Maemoisa_(Sinalepa)_vallavalitsus, lk 38
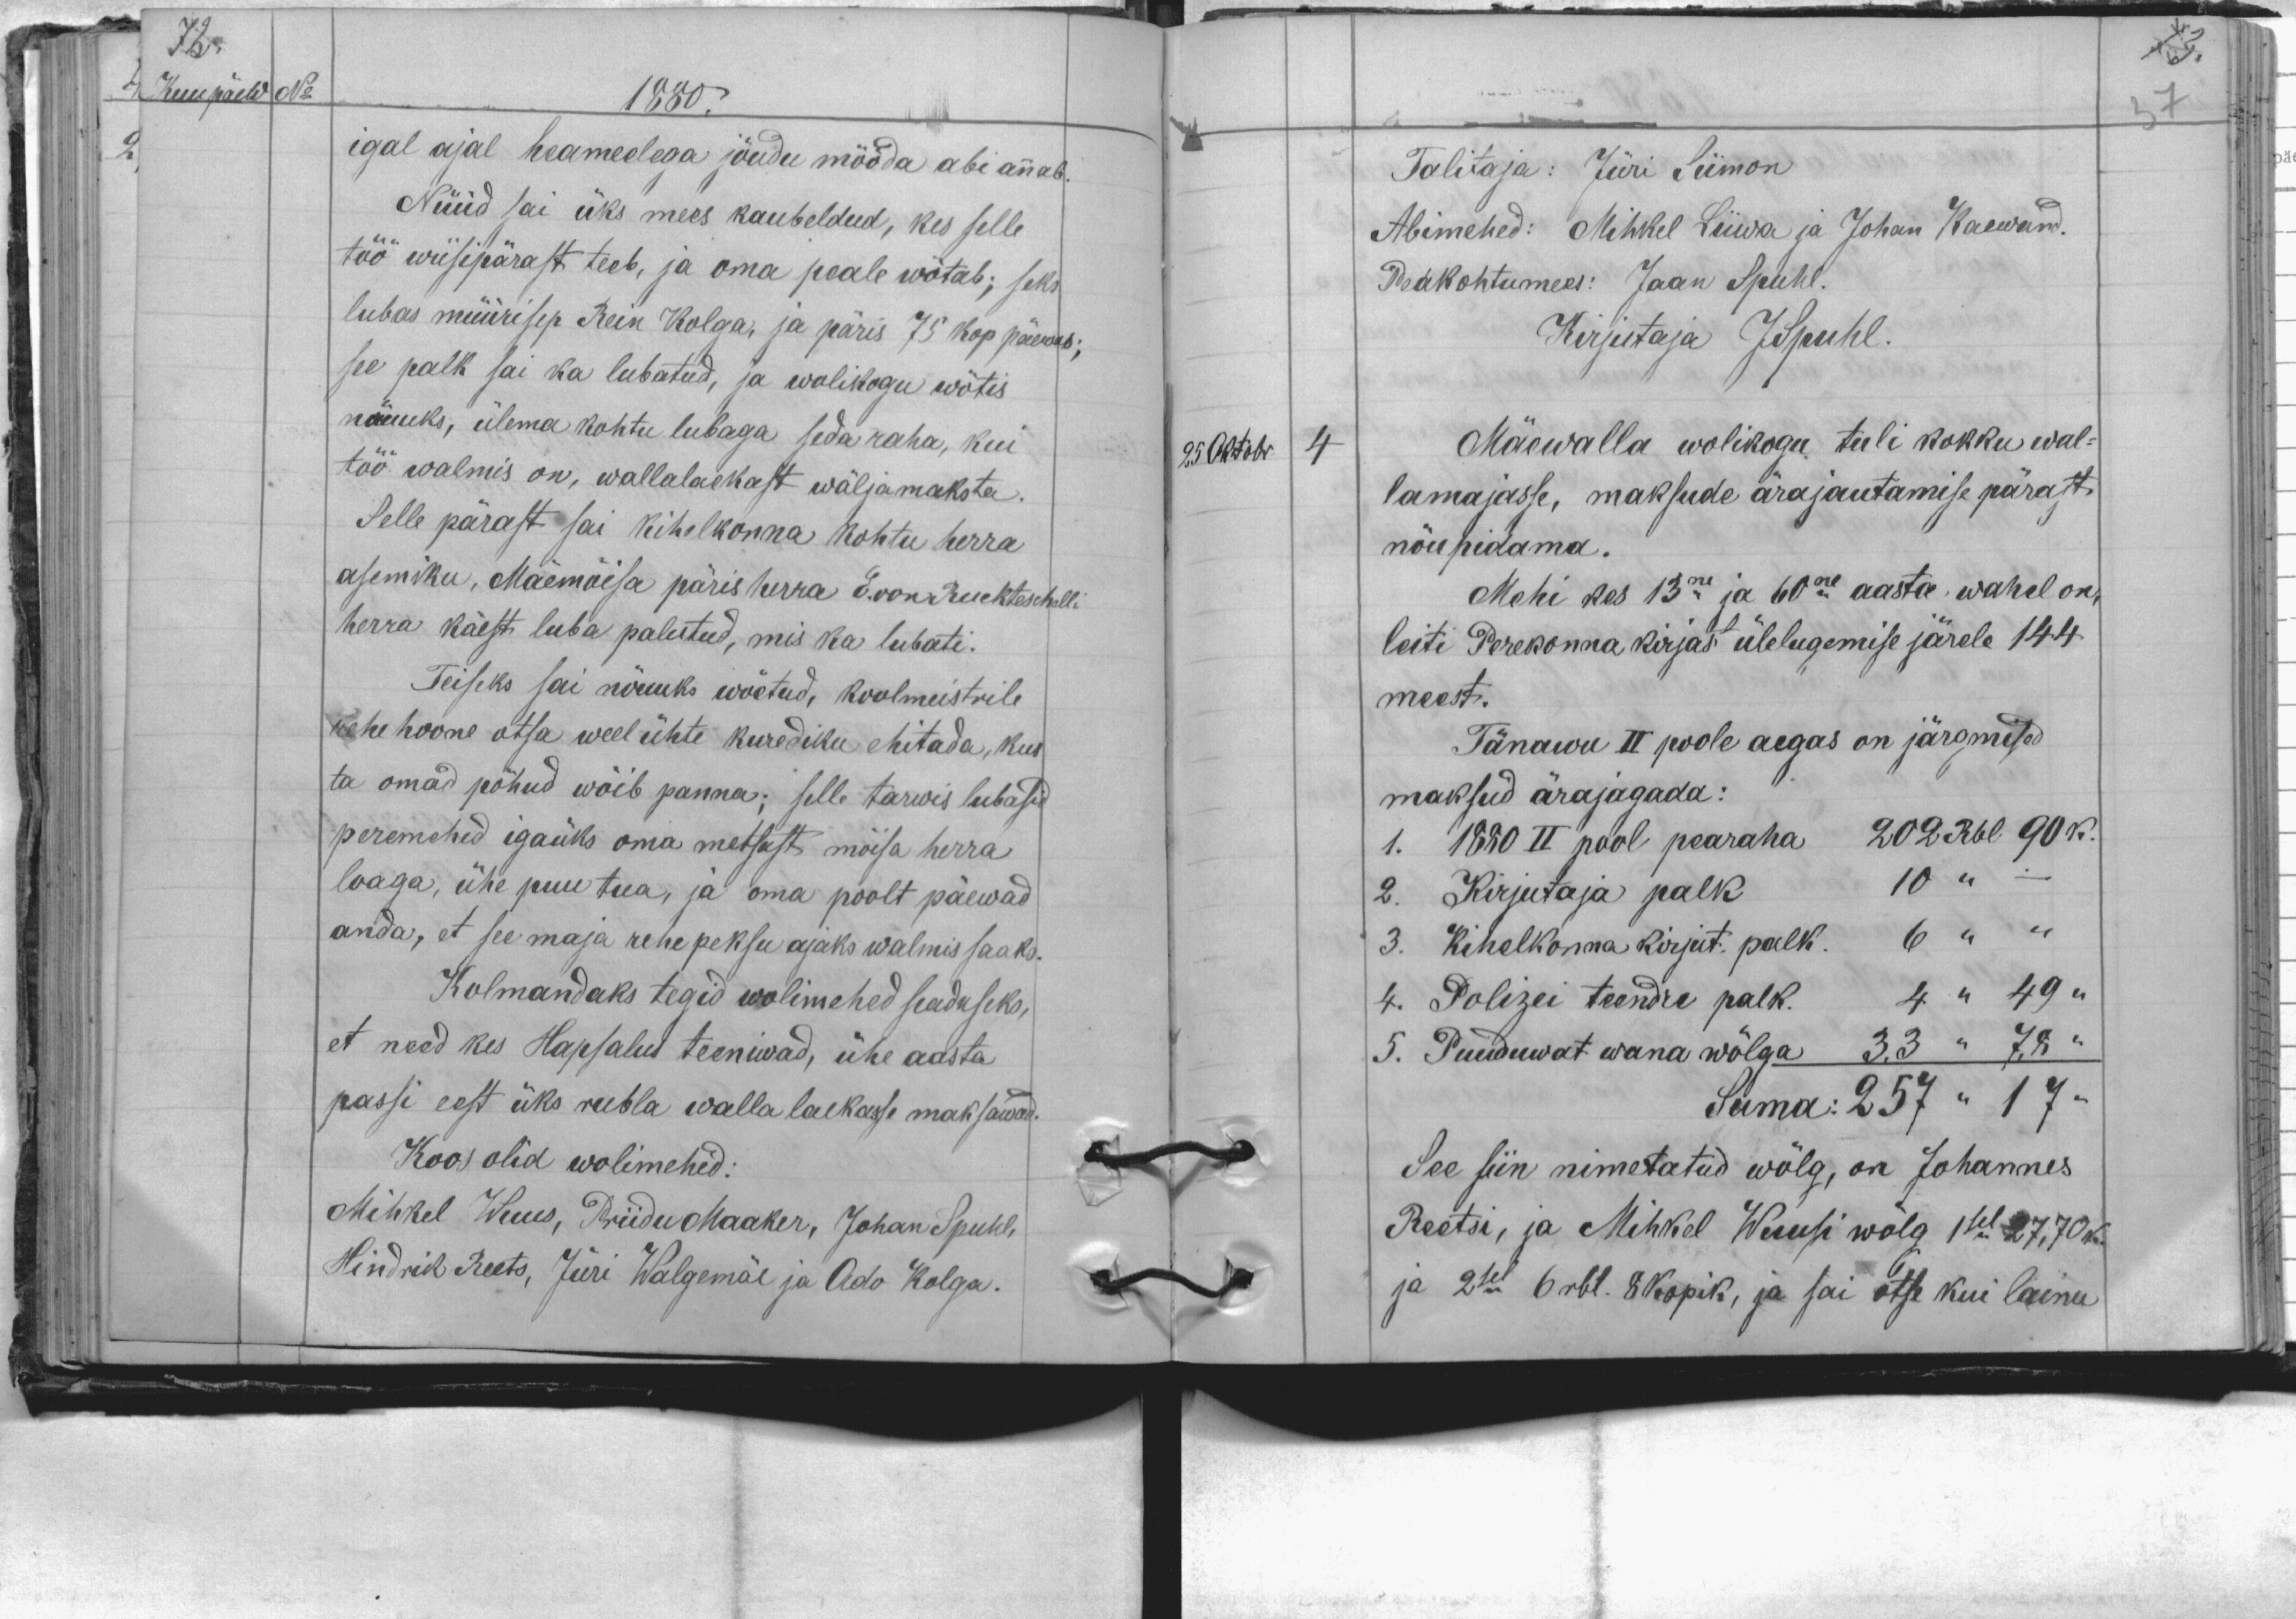
Kuu päew No
1880.
igal ajal heameelega jõudu mööda abi annab.
Nüüd sai üks mees kaubeldud, kes selle
töö wiisipärast teeb, ja oma peale wõtab; seks
lubas müürisep Rein Kolga, ja päris 75 kop päewas;
see palk sai ka lubatud, ja wolikogu wõtis
nõuuks, ülema kohtu lubaga seda raha, kui
töö walmis on, wallalaekast wäljamaksta.
Selle pärast sai kihelkonna kohtu herra
asemiku, Mäemõisa päris herra E. von Ruckteschelli
herra käest luba palutud, mis ka lubati.
Teiseks sai nõuuks wõetud, koolmeistrile
rehe hoone otsa weel ühte kurediku ehitada, kus
ta omad põhud wõib panna; selle tarwis lubasid
peremehed igaüks oma metsast mõisa herra
loaga, ühe puu tua, ja oma poolt päewad
anda, et see maja rehe peksu ajaks walmis saaks.
Kolmandaks tegid wolimehed seaduseks,
et need kes Hapsalus teeniwad, ühe aasta
passi eest üks rubla walla laekasse maksawad.
Koos olid wolimehed:
Mihkel Wuus, Priidu Maaker, Johan Spuhl,
Hindrik Reets, Jüri Walgemäe ja Ado Kolga.

Talitaja: Jüri Siimon
Abimehed: Mihkel Liiwa ja Johan Kaewand.
Peakohtumees: Jaan Spuhl.
Kirjutaja JSpuhl
25 Oktobr
4
Mäewalla wolikogu tuli kokku wal-
lamajasse, maksude ärajautamise pärast
nõupidama.
Mehi kes 13ne ja 60ne aasta wahel on,
leiti Perekonna kirjas ülelugemise järele 144
meest.
Tänawu II poole aegas on järgmised
maksud ärajagada:
1. 1880 II pool pearaha 202 Rbl 90 k.
2. Kirjutaja palk 10 " –
3. Kihelkonna kirjut. palk. 6 " "
4. Polizei teendre palk. 4 " 49 "
5. Puuduwat wana wõlga 33 " 78 "
Suma: 257 " 17 "
See siin nimetatud wõlg, on Johannes
Reetsi, ja Mihkel Wuusi wõlg 1sel 27,70 k.
ja 2sel 6 rbl. 8 kopik, ja sai otse kui lainu